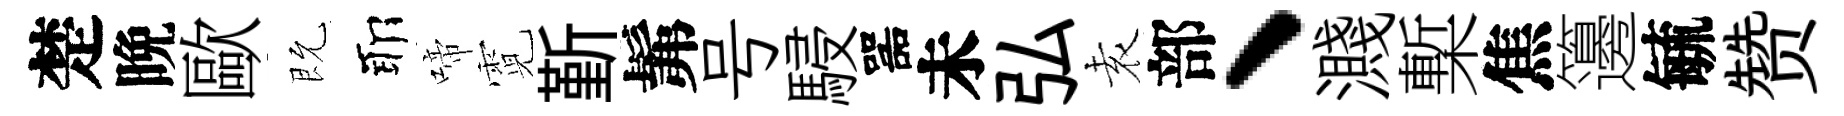
楚晩歐既耶啼霓斳髴号駸噐未弘𡊮部、濺槧焦籩毓赞